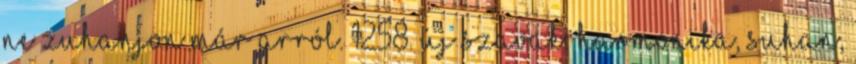
ne zuhanjon már arról. 1258. Új szavak: harmonika, suhan,